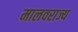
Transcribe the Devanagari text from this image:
मालवराज्य